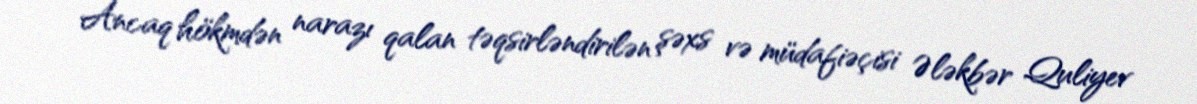
Ancaq hökmdən narazı qalan təqsirləndirilən şəxs və müdafiəçisi Ələkbər Quliyev